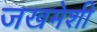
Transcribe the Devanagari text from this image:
जखमेशी